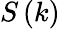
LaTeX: S\left(k\right)